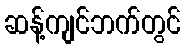
ဆန့်ကျင်ဘက်တွင်